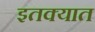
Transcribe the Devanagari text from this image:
इतक्‍यात